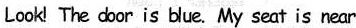
Lookl The door is bue. My seat is near